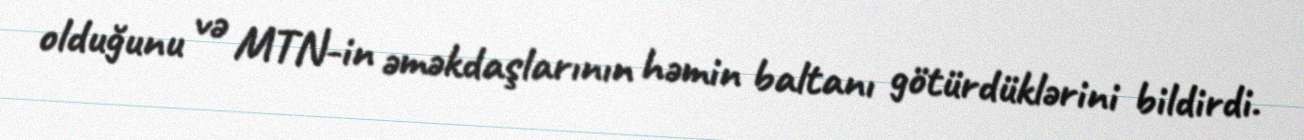
olduğunu və MTN-in əməkdaşlarının həmin baltanı götürdüklərini bildirdi.